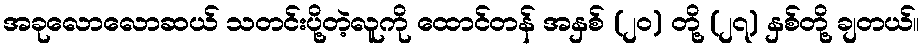
အခုလောလောဆယ် သတင်းပို့တဲ့လူကို ထောင်တန် အနှစ် (၂၀) တို့ (၂၇) နှစ်တို့ ချတယ်။